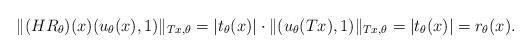
LaTeX: \begin{align*}\|(HR_\theta)(x)(u_\theta(x),1)\|_{Tx,\theta}=|t_\theta(x)|\cdot\|(u_\theta(Tx),1)\|_{Tx,\theta}=|t_\theta(x)|=r_\theta(x).\end{align*}